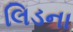
લિડના